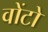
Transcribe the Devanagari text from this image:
वोंटो